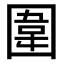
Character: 圍